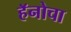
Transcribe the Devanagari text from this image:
हॅनोचा